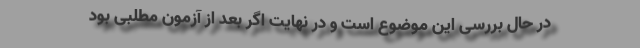
در حال بررسی این موضوع است و در نهایت اگر بعد از آزمون مطلبی بود